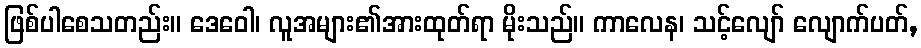
ဖြစ်ပါစေသတည်း။ ဒေဝေါ၊ လူအများ၏အားထုတ်ရာ မိုးသည်။ ကာလေန၊ သင့်လျော် လျောက်ပတ်,